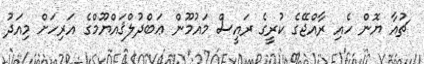
ޗުއާ ޔޮން ހެއި ރާއްޖޭގެ ކުރީގެ ރައީސް މައުމޫން ޢަބްދުލްޤައްޔޫމްގެ އަރިހަށް މިއަދު